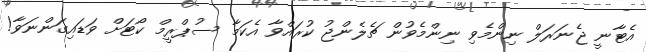
އެޓާނީ ޖެނަރަލް ނިންމެވި ނިންމެވުން ޗެލެންޖު ކުރައްވާ އެކަމާ ސުޕްރީމް ކޯޓަށް ވަޑައިގަންނަވާ!